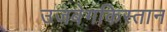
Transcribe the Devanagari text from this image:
उजबेगकिस्तान